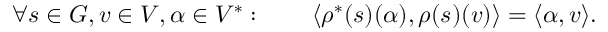
\forall s \in G , v \in V , \alpha \in V ^ { * } : \qquad \langle \rho ^ { * } ( s ) ( \alpha ) , \rho ( s ) ( v ) \rangle = \langle \alpha , v \rangle .